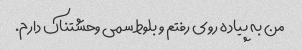
من به پیاده روی رفتم و بلوط سمی وحشتناک دارم.